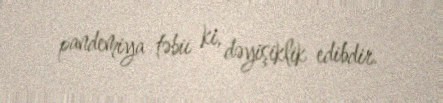
pandemiya təbii ki, dəyişiklik edibdir.